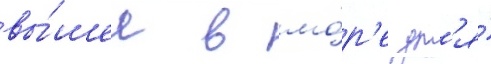
вы́шел в мо́р'е дл'я́